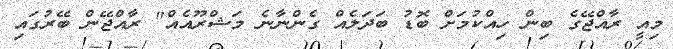
މިއީ ރާއްޖޭގެ ބިން ހިއްކުމަށް ބޮޑު ބަދަލެއް ގެންނާނެ މަޝްރޫއެއް" ރާއްޖޭން ބޭރުގައި